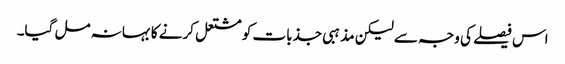
اس فیصلے کی وجہ سے لیکن مذہبی جذبات کو مشتعل کرنے کا بہانہ مل گیا۔